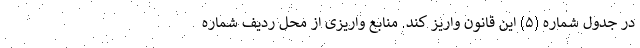
در جدول شماره (۵) این قانون واریز کند. منابع واریزی از محل ردیف شماره